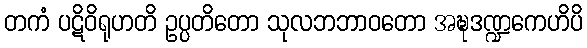
တကံ ပဋိဝိရုဟတိ ဥပ္ပတိတော သုလဘဘာဝတော အဍ္ဎဒဏ္ဍကေဟိပိ